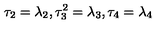
\tau _ { 2 } = \lambda _ { 2 } , \tau _ { 3 } ^ { 2 } = \lambda _ { 3 } , \tau _ { 4 } = \lambda _ { 4 }